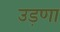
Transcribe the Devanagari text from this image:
उड़णा